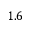
1 . 6